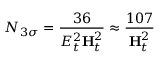
N _ { 3 \sigma } = { \frac { 3 6 } { { \cal E } _ { t } ^ { 2 } { \bf H } _ { t } ^ { 2 } } } \approx { \frac { 1 0 7 } { { \bf H } _ { t } ^ { 2 } } }